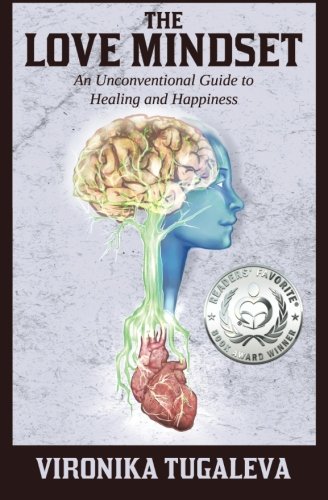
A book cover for The Love Mindset: An Unconventional Guide to Healing and Happiness; Vironika Tugaleva; Self-Help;